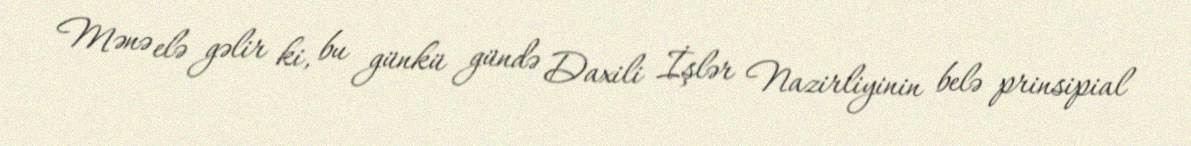
Mənə elə gəlir ki, bu günkü gündə Daxili İşlər Nazirliyinin belə prinsipial